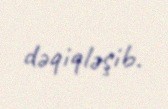
dəqiqləşib.